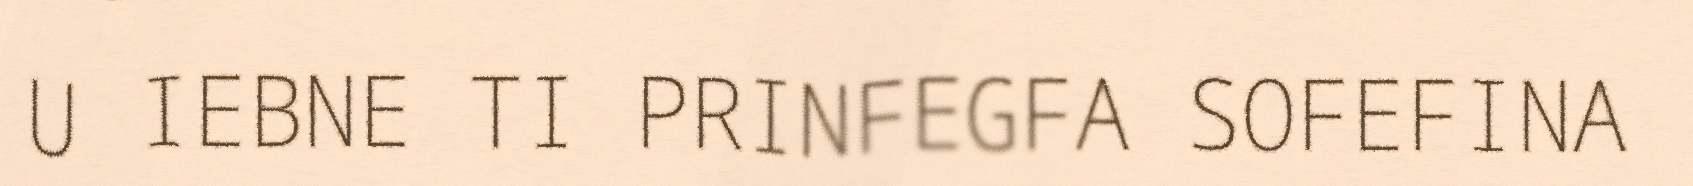
U IEBNE TI PRINFEGFA SOFEFINA